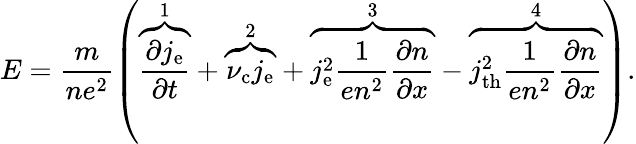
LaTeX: E=\frac{m}{ne^{2}}\left(\overbrace{\frac{\partial j_{\mathrm{e}}}{\partial t}}^{\mathrm{1}}+\overbrace{\nu_{\mathrm{c}}j_{\mathrm{e}}}^{\mathrm{2}}+\overbrace{j_{\mathrm{e}}^{2}\frac{1}{en^{2}}\frac{\partial n}{\partial x}}^{\mathrm{3}}-\overbrace{j_{\mathrm{th}}^{2}\frac{1}{en^{2}}\frac{\partial n}{\partial x}}^{\mathrm{4}}\right).